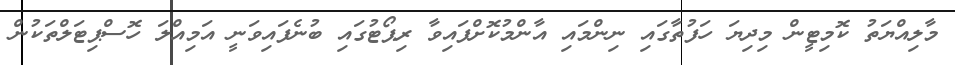
މާލިއްޔަތު ކޮމިޓީން މިދިޔަ ހަފުތާގައި ނިންމައި އާންމުކޮށްފައިވާ ރިޕޯޓުގައި ބުނެފައިވަނީ އަމިއްލަ ހޮސްޕިޓަލްތަކުން